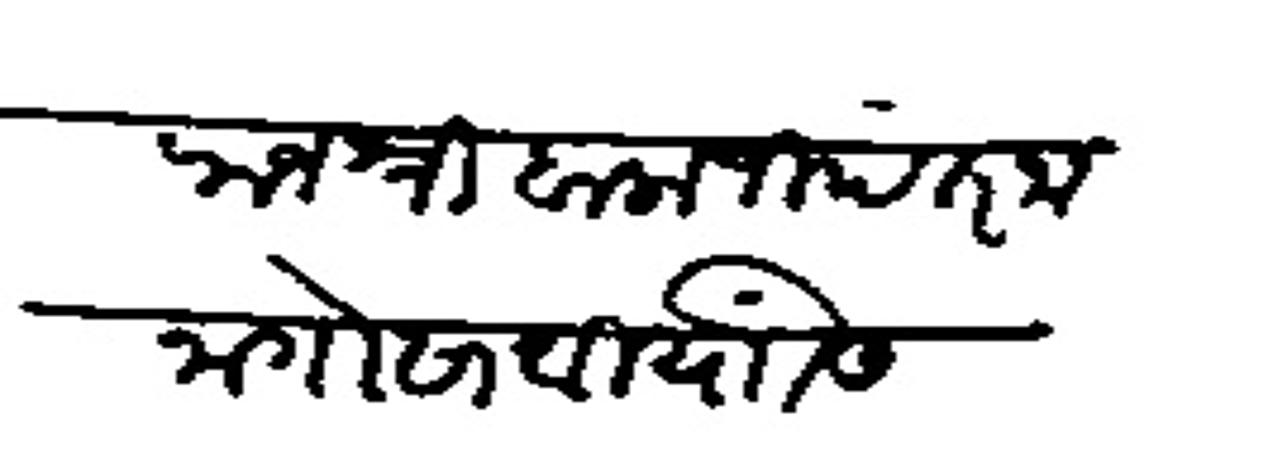
Transliteration (Devanagari): राजश्री बालाजीपंत नाना गोसावी यांसी